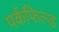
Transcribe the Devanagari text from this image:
पर्कफिल्ड